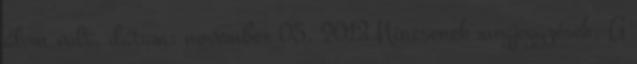
álom volt. dátum: november 05, 2013 Nincsenek megjegyzések: A